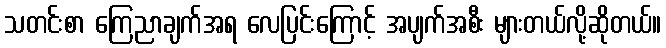
သတင်းစာ ကြေညာချက်အရ လေပြင်းကြောင့် အပျက်အစီး များတယ်လို့ဆိုတယ်။